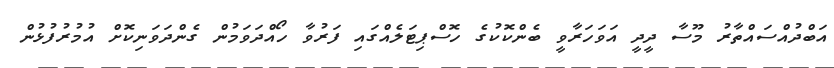
އަބްދުއްސައްތާރު މޫސާ ދީދީ އަވަހަރާވީ ބެންކޮކުގެ ހޮސްޕިޓަލެއްގައި ފަރުވާ ހޯއްދަވަމުން ގެންދަވަނިކޮށް އުމުރުފުޅުން